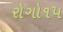
રોગો૧૫